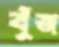
বুঁজ